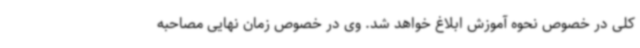
کلی در خصوص نحوه آموزش ابلاغ خواهد شد. وی در خصوص زمان نهایی مصاحبه